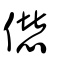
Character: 𠎝